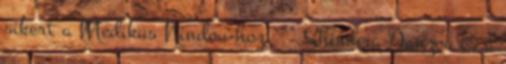
sikert a Medikus Nindou-hoz. ^^ Shimura Danzou és a